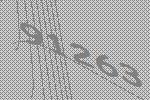
91263